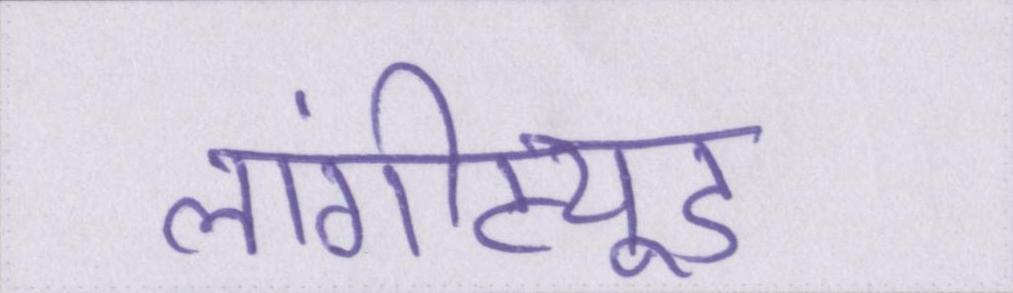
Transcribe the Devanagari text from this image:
लांगीट्यूड